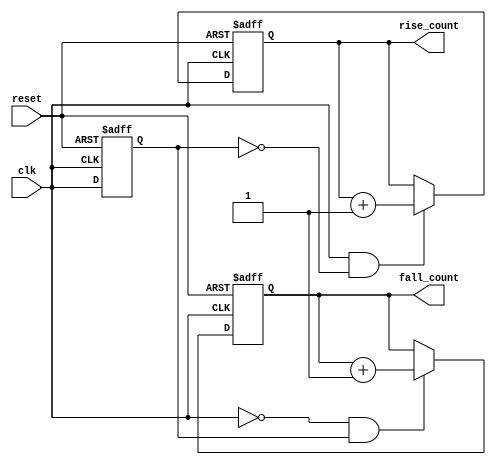
module edge_counter (
    input wire clk,           // Clock input
    input wire reset,         // Asynchronous reset input
    output reg [31:0] rise_count, // Rising edge count output
    output reg [31:0] fall_count  // Falling edge count output
);

    reg previous_clk; // Previous state of the clock signal

    // Asynchronous reset and edge detection
    always @(posedge clk or posedge reset) begin
        if (reset) begin
            // Reset counts and previous clock state
            rise_count <= 32'b0;  
            fall_count <= 32'b0;
            previous_clk <= 1'b0; // Set to a low state initially
        end else begin
            // Edge detection logic
            if (clk && !previous_clk) begin
                // Rising edge detected
                rise_count <= rise_count + 1;
            end
            if (!clk && previous_clk) begin
                // Falling edge detected
                fall_count <= fall_count + 1;
            end
            
            // Update previous clock state
            previous_clk <= clk;
        end
    end

endmodule